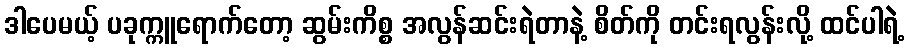
ဒါပေမယ့် ပခုက္ကူရောက်တော့ ဆွမ်းကိစ္စ အလွန်ဆင်းရဲတာနဲ့ စိတ်ကို တင်းရလွန်းလို့ ထင်ပါရဲ့